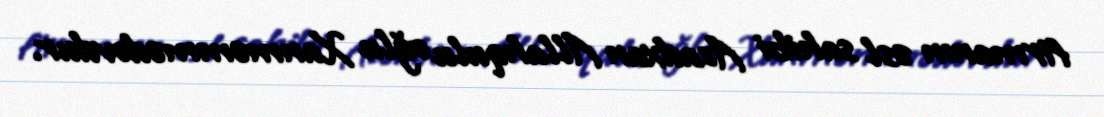
firmanın əsl sahibi Azadxan Allahqulu oğlu Xanməmmədovdur.